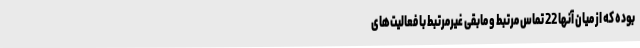
بوده که از میان آنها 22 تماس مرتبط و مابقی غیرمرتبط با فعالیت‌های